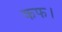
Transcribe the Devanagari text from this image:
कफ।